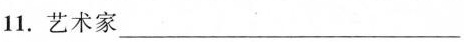
11.艺术家_____